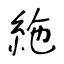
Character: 絁